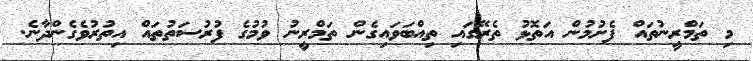
މި ތަމްރީނުތައް ފެށުމުން އަތޮޅު ތެރޭގައި ތިއްބަވައިގެން ތަމްރީނު ވުމުގެ ފުރުސަތުތައް އިތުރުވެގެންދާނެ.